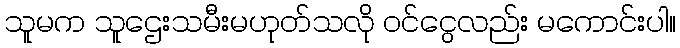
သူမက သူဌေးသမီးမဟုတ်သလို ဝင်ငွေလည်း မကောင်းပါ။